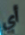
أي